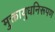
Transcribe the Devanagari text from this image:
मुक्तायुधनिरूपण